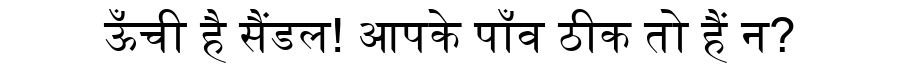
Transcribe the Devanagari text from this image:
ऊँची है सैंडल! आपके पाँव ठीक तो हैं न?